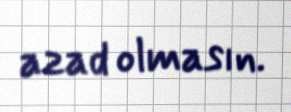
azad olmasın.